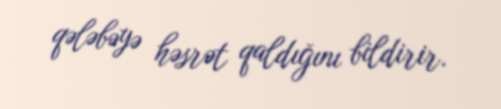
qələbəyə həsrət qaldığını bildirir.